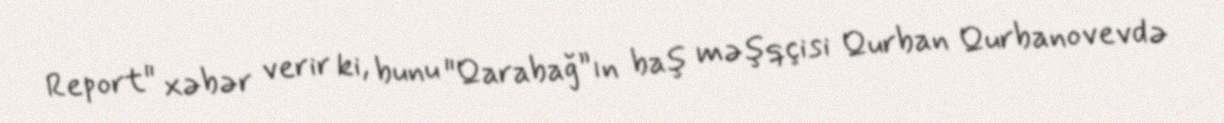
Report" xəbər verir ki, bunu "Qarabağ”ın baş məşqçisi Qurban Qurbanovevdə